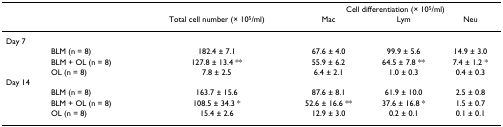
<table><thead><tr><td></td><td></td><td></td><td colspan="3"><b>Cell differentiation (× 10<sup>5</sup>/ml)</b></td></tr><tr><td></td><td></td><td><b>Total cell number (× 10<sup>5</sup>/ml)</b></td><td><b>Mac</b></td><td><b>Lym</b></td><td><b>Neu</b></td></tr></thead><tbody><tr><td>Day 7</td><td></td><td></td><td></td><td></td><td></td></tr><tr><td></td><td>BLM (n = 8)</td><td>182.4 ± 7.1</td><td>67.6 ± 4.0</td><td>99.9 ± 5.6</td><td>14.9 ± 3.0</td></tr><tr><td></td><td>BLM + OL (n = 8)</td><td>127.8 ± 13.4 **</td><td>55.9 ± 6.2</td><td>64.5 ± 7.8 **</td><td>7.4 ± 1.2 *</td></tr><tr><td></td><td>OL (n = 8)</td><td>7.8 ± 2.5</td><td>6.4 ± 2.1</td><td>1.0 ± 0.3</td><td>0.4 ± 0.3</td></tr><tr><td>Day 14</td><td></td><td></td><td></td><td></td><td></td></tr><tr><td></td><td>BLM (n = 8)</td><td>163.7 ± 15.6</td><td>87.6 ± 8.1</td><td>61.9 ± 10.0</td><td>2.5 ± 0.8</td></tr><tr><td></td><td>BLM + OL (n = 8)</td><td>108.5 ± 34.3 *</td><td>52.6 ± 16.6 **</td><td>37.6 ± 16.8 *</td><td>1.5 ± 0.7</td></tr><tr><td></td><td>OL (n = 8)</td><td>15.4 ± 2.6</td><td>12.9 ± 3.0</td><td>0.2 ± 0.1</td><td>0.1 ± 0.1</td></tr></tbody></table>